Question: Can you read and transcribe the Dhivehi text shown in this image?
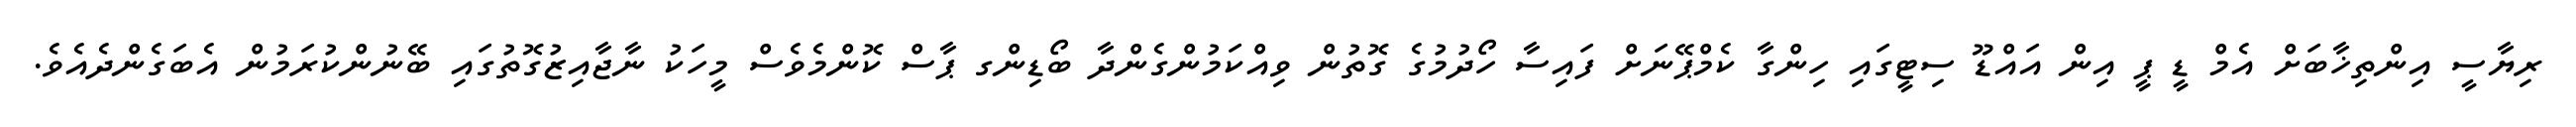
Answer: ރިޔާސީ އިންތިޚާބަށް އެމް ޑީ ޕީ އިން އައްޑޫ ސިޓީގައި ހިންގާ ކެމްޕޭނަށް ފައިސާ ހޯދުމުގެ ގޮތުން ވިއްކަމުންގެންދާ ބޯޑިންގ ޕާސް ކޮންމެވެސް މީހަކު ނާޖާއިޒުގޮތުގައި ބޭނުންކުރަމުން އެބަގެންދެއެވެ.